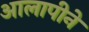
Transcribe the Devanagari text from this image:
आलापीने